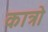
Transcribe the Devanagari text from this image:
कात्रो